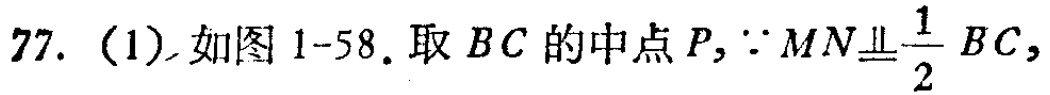
77.（1）如图1-58. 取 \(BC\) 的中点 \(P,\because MN\underline{\underline{\parallel}}\frac{1}{2}BC,\)